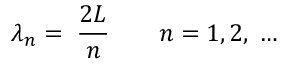
\lambda _ { n } = \; \frac { 2 L } { n } \qquad n = 1 , 2 , \; \dots